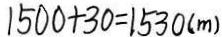
1 5 0 0 + 3 0 = 1 5 3 0 ( m )